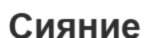
Сияние